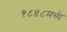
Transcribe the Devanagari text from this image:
१८४८मध्ये